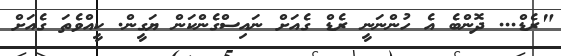
"ރެޑް... ދޮންބެ އެ ހުންނަނީ ރެޑް ގެއަށް ނައިސްގެންކަން ޔަގީން. ކީއްވެތަ ގެއަށް